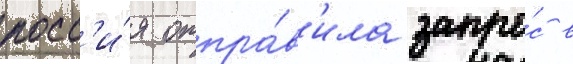
росс'и́я отпра́в'ила запро́с в